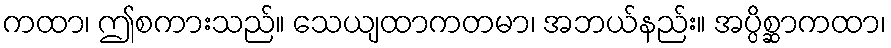
ကထာ၊ ဤစကားသည်။ သေယျထာကတမာ၊ အဘယ်နည်း။ အပ္ပိစ္ဆာကထာ၊